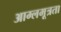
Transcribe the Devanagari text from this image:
आम्लमूत्रता